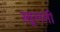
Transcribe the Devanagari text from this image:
खूलती